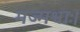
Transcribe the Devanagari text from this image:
मज्मश्वाः।